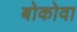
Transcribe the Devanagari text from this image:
बोकोवा